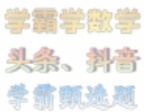
学霸学数学
头条、抖音
学霸题选题